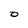
Character: O